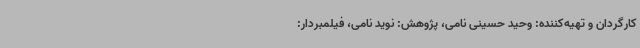
کارگردان و تهیه‌کننده: وحید حسینی نامی، پژوهش: نوید نامی، فیلمبردار: